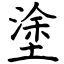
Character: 塗